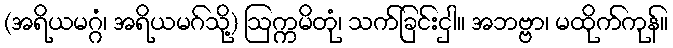
(အရိယမဂ္ဂံ၊ အရိယမဂ်သို့) ဩက္ကမိတုံ၊ သက်ခြင်းငှါ။ အဘဗ္ဗာ၊ မထိုက်ကုန်။